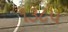
૧૩૮૫